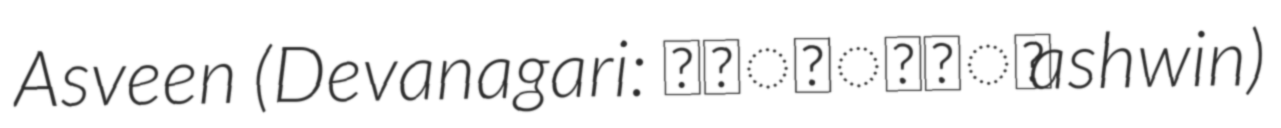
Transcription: Asveen (Devanagari: अश्विन् ashwin)